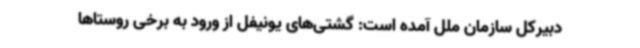
دبیرکل سازمان ملل آمده است: گشتی‌های یونیفل از ورود به برخی روستاها